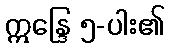
ဣန္ဒြေ ၅-ပါး၏